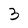
Character: 3